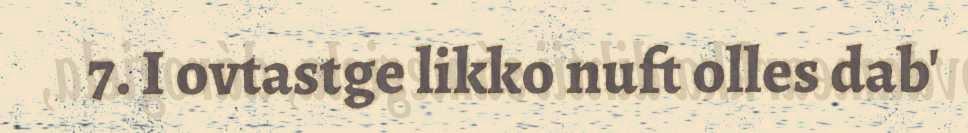
7. I ovtastge likko nuft olles dab'